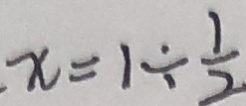
x = 1 \div \frac { 1 } { 2 }